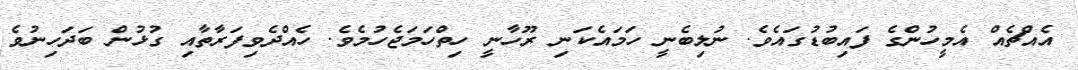
އެއްޗެއް އެމީހުންގެ ފައިބުޑުގައެވެ. ނުލިބެނީ ހަމައެކަނި ރޫހާނީ ހިތްހަމަޖެހުމެވެ. ހެއްދެވިފަރާތާއި ގުޅުން ބަދަހިނުވެ